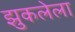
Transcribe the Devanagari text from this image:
झुकलेला